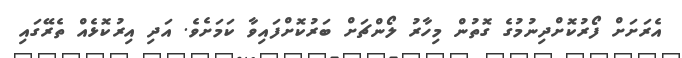
އެރަށަށް ފޯރުކޮށްދިނުމުގެ ގޮތުން މިހާރު ލޯންޗަށް ބަރުކޮށްފައިވާ ކަމަށެވެ. އަދި އިރުކޮޅެއް ތެރޭގައި